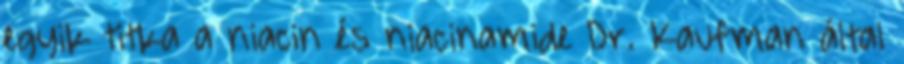
egyik titka a niacin és niacinamide Dr. Kaufman által